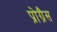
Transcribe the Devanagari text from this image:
प्रोग्रैस